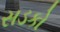
સડકો